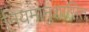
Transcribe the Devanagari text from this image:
नियमानुशासित